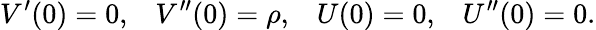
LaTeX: V^{\prime}(0)=0,\; \; \; V^{\prime\prime}(0)=\rho,\; \; \; U(0)=0,\; \; \; U^{\prime\prime}(0)=0.